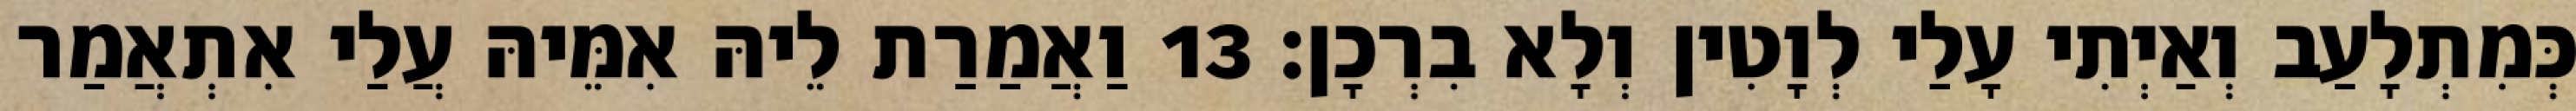
כְּמִתְלָעַב וְאַיְתִי עָלַי לְוָטִין וְלָא בִרְכָן׃ 13 וַאֲמַרַת לֵיהּ אִמֵּיהּ עֲלַי אִתְאֲמַר